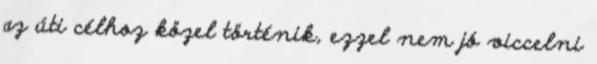
az úti célhoz közel történik, ezzel nem jó viccelni